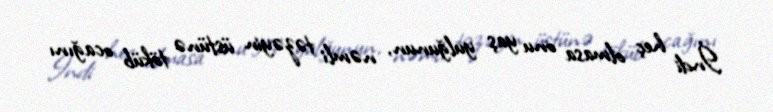
İndi heç olmasa onu yaş yulğunun, nəmli təzəyin üstünə töküb ocağını